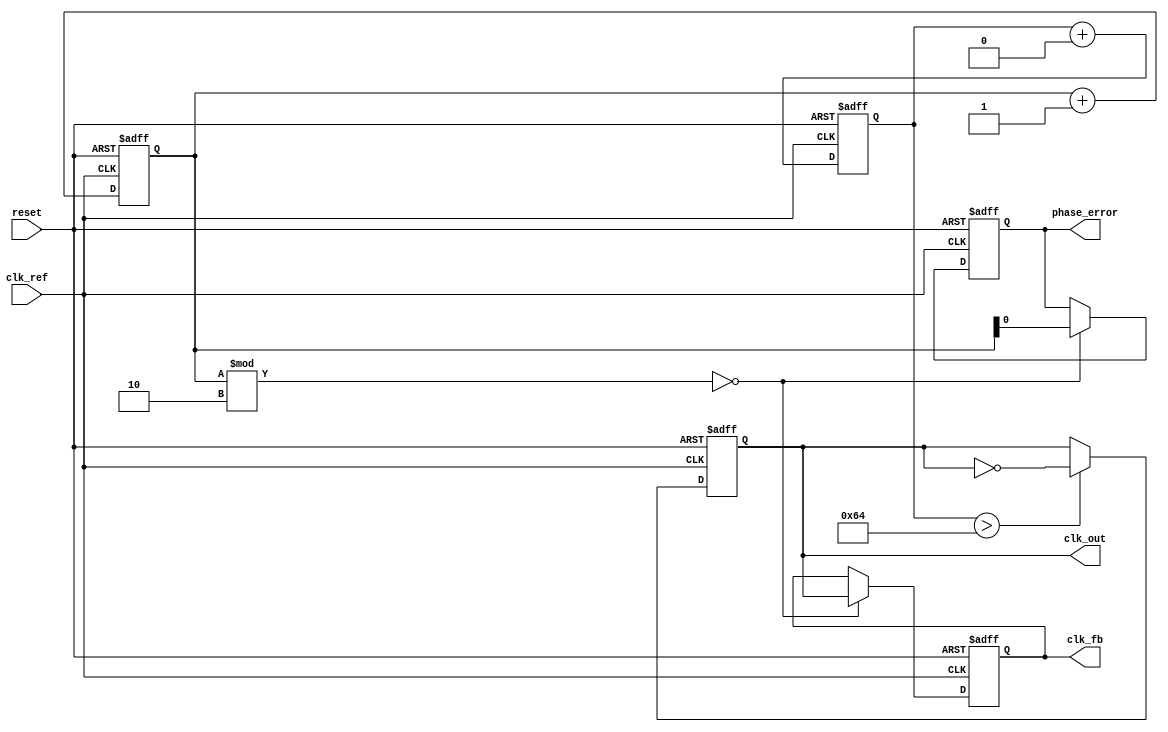
module PLL (
    input wire clk_ref,         // Reference clock input
    input wire reset,           // Reset signal
    output reg clk_out,         // Output clock
    output reg clk_fb,          // Feedback clock
    output reg phase_error       // Phase error signal
);

    // Parameters for VCO frequency and feedback division
    parameter DIV_FACTOR = 2;    // Divider factor for feedback
    parameter VCO_MAX_FREQ = 100; // Max VCO frequency in MHz

    // Registers
    reg [31:0] phase_count;      // Counter for phase detection
    reg [31:0] vco_control;      // Control signal for VCO
    reg [31:0] lock_time;        // Lock time counter

    // Phase Detector
    always @(posedge clk_ref or posedge reset) begin
        if (reset) begin
            phase_count <= 0;
            phase_error <= 0;
        end else begin
            phase_count <= phase_count + 1;
            // Simple phase comparison
            if (phase_count % DIV_FACTOR == 0) begin
                phase_error <= phase_count; // Dummy error signal
            end
        end
    end

    // Loop Filter (Simple Integrator)
    always @(posedge clk_ref or posedge reset) begin
        if (reset) begin
            vco_control <= 0;
        end else begin
            // Simple first-order filter
            vco_control <= vco_control + (phase_error >> 2); // Simplified filter gain
        end
    end

    // Voltage-Controlled Oscillator (VCO)
    always @(posedge clk_ref or posedge reset) begin
        if (reset) begin
            clk_out <= 0;
            clk_fb <= 0;
        end else begin
            if (vco_control > VCO_MAX_FREQ) begin
                clk_out <= ~clk_out; // Toggle output clock based on control
            end
            
            // Feedback clock generation based on output clock
            if (phase_count % DIV_FACTOR == 0) begin
                clk_fb <= clk_out;
            end
        end
    end

    // Lock Time Measurement (optional)
    always @(posedge clk_ref or posedge reset) begin
        if (reset) begin
            lock_time <= 0;
        end else begin
            if (phase_error == 0) begin
                lock_time <= lock_time + 1; // Increment lock time when locked
            end
        end
    end

endmodule